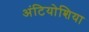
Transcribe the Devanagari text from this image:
अंटियोशिया